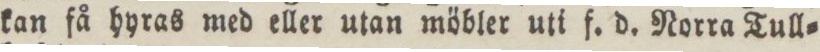
kan få hyras med eller utan möbler uti f. d. Norra Tull=